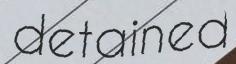
detained